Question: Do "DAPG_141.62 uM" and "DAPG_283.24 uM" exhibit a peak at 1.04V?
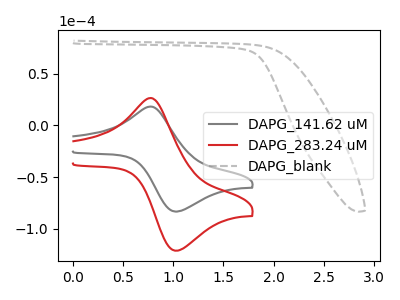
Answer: <think>The gray curve "DAPG_141.62 uM" has an anodic peak at (0.80V, 18.25uA) and a cathodic peak at (1.05V, -83.50uA). The red curve "DAPG_283.24 uM" has an anodic peak at (0.80V, 26.55uA) and a cathodic peak at (1.05V, -121.45uA). The gray dashed curve "DAPG_blank" has no peaks.</think>
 <answer>Yes, "DAPG_141.62 uM" and "DAPG_283.24 uM" share a peak at 1.04V.</answer>
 <eval>match</eval>